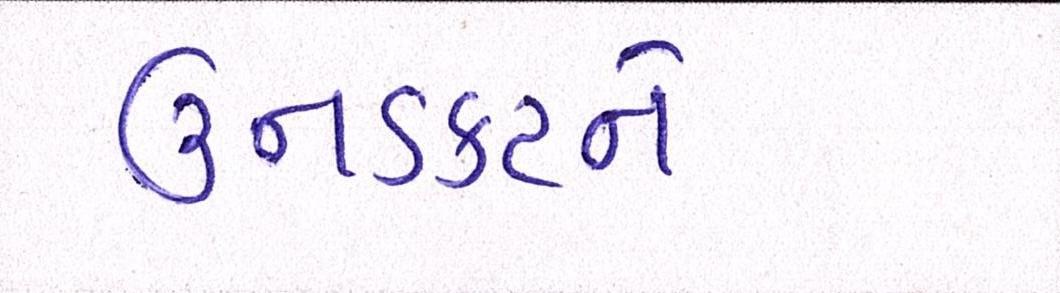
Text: ઉનડકટને